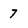
Character: 7